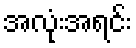
အလုံးအရင်း